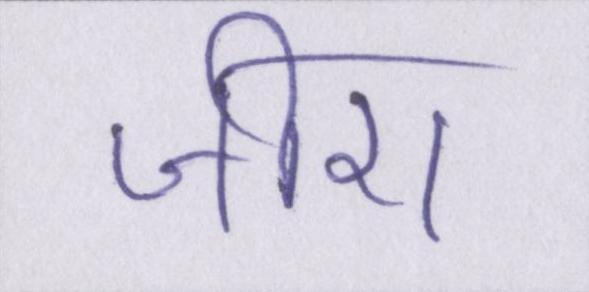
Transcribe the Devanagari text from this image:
जीरा